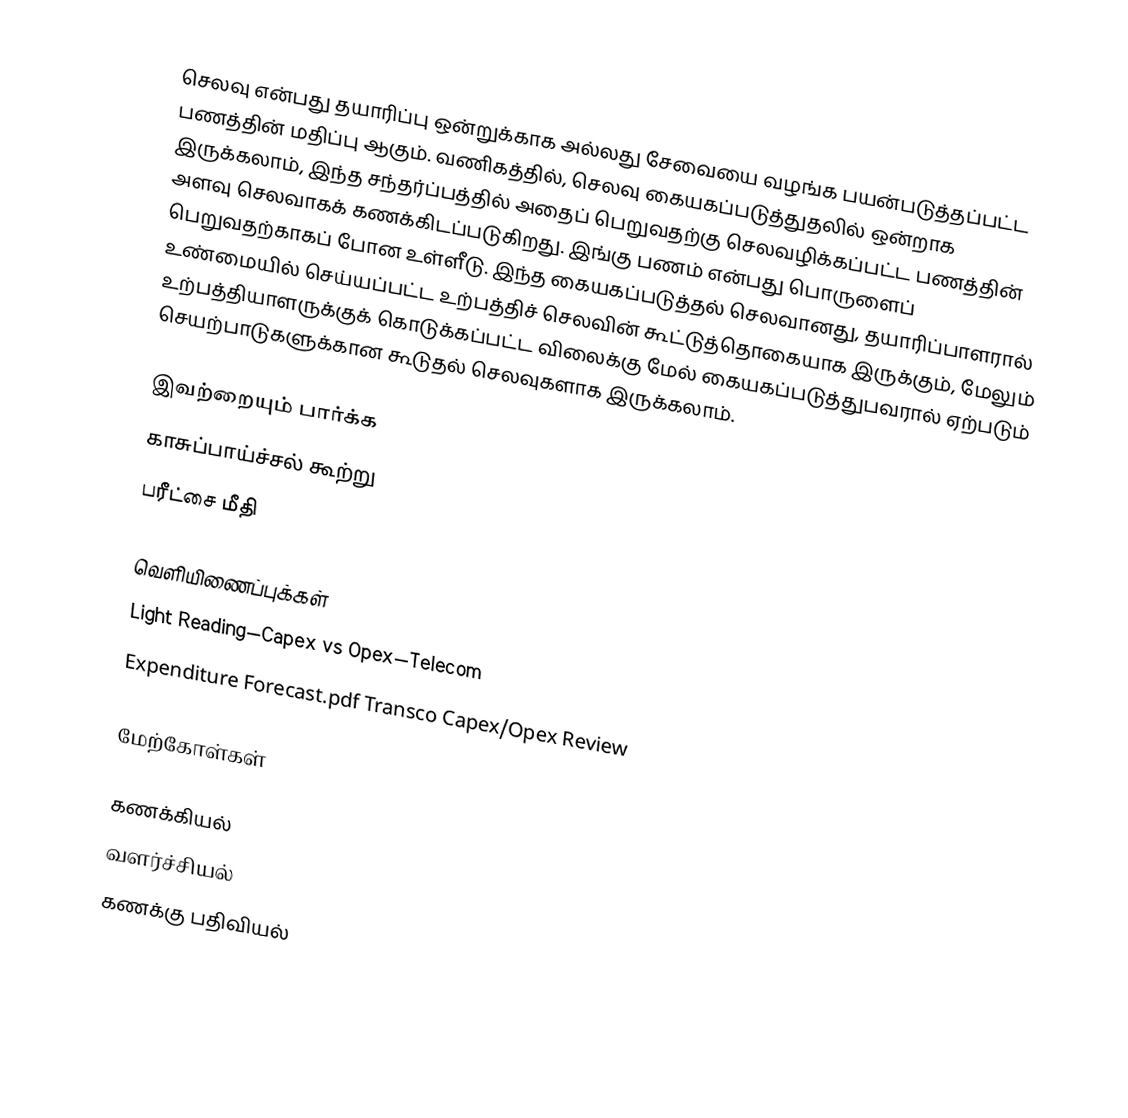
செலவு என்பது தயாரிப்பு ஒன்றுக்காக  அல்லது சேவையை வழங்க பயன்படுத்தப்பட்ட பணத்தின் மதிப்பு ஆகும். வணிகத்தில், செலவு கையகப்படுத்துதலில் ஒன்றாக இருக்கலாம், இந்த சந்தர்ப்பத்தில் அதைப் பெறுவதற்கு செலவழிக்கப்பட்ட பணத்தின் அளவு செலவாகக் கணக்கிடப்படுகிறது. இங்கு பணம் என்பது பொருளைப் பெறுவதற்காகப் போன உள்ளீடு. இந்த கையகப்படுத்தல் செலவானது, தயாரிப்பாளரால் உண்மையில் செய்யப்பட்ட உற்பத்திச் செலவின் கூட்டுத்தொகையாக இருக்கும், மேலும் உற்பத்தியாளருக்குக் கொடுக்கப்பட்ட விலைக்கு மேல் கையகப்படுத்துபவரால் ஏற்படும் செயற்பாடுகளுக்கான கூடுதல் செலவுகளாக இருக்கலாம்.

இவற்றையும் பார்க்க
 காசுப்பாய்ச்சல் கூற்று
 பரீட்சை மீதி

வெளியிணைப்புக்கள்
Light Reading—Capex vs Opex—Telecom
Expenditure Forecast.pdf Transco Capex/Opex Review

மேற்கோள்கள்

கணக்கியல்
வளர்ச்சியல்
கணக்கு பதிவியல்